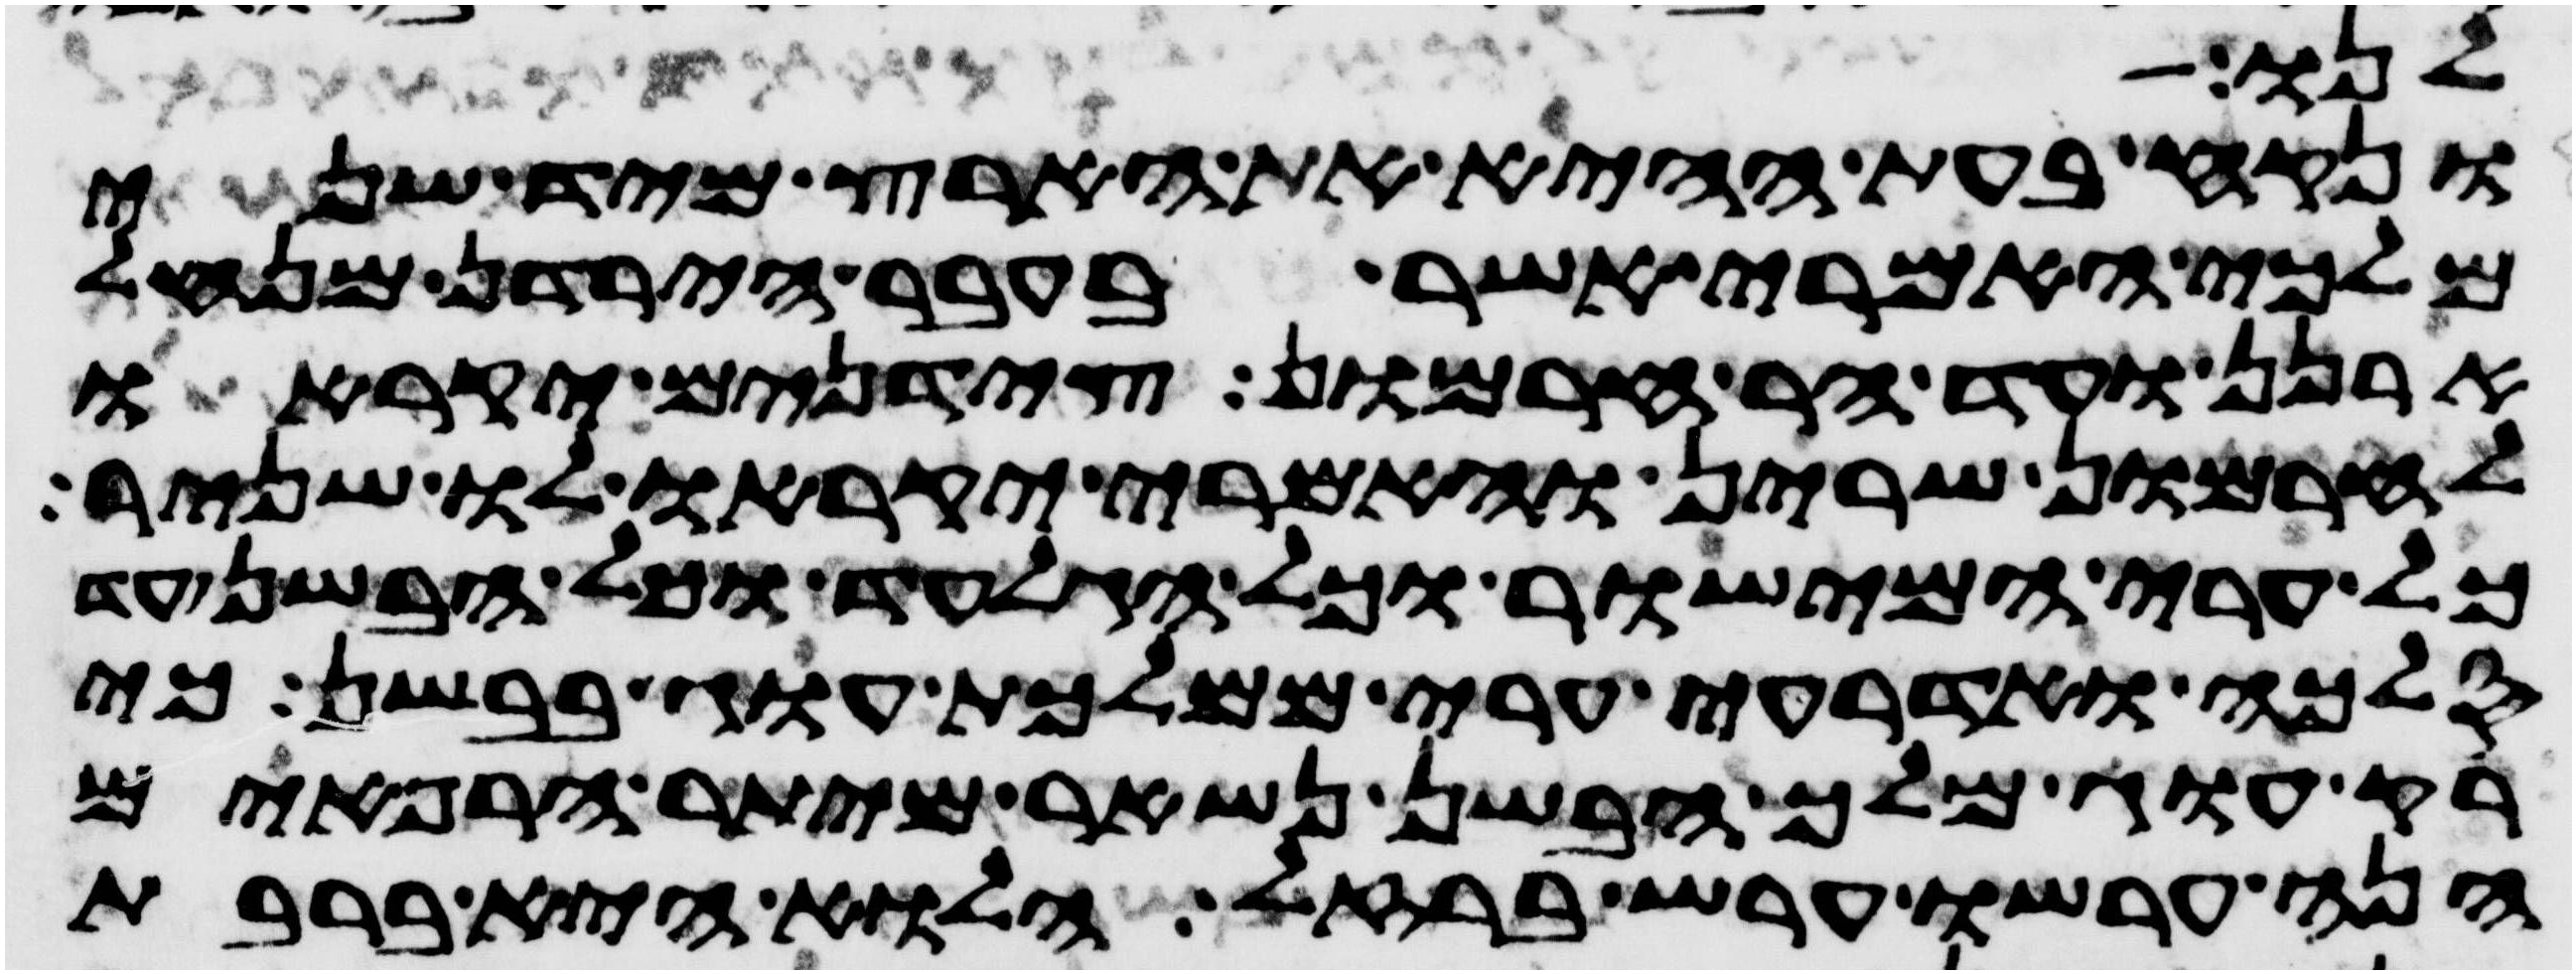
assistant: לנו
ונקח בעת ההיא את הארץ מיד שני
מלכי האמרי אשר בעבר הירדן מנחל
ארנן ועד הר חרמון צידנים יקראו
לחרמון שרין והאמרי יקראו לו שניר
כל ערי המישור וכל הגלעד וכל הבשן עד
סלכה ואדרעי ערי ממלכת עוג בבשן כי
רק עוג מלך הבשן נשאר מיתר הרפאים
הנה ערשו ערש ברזל הלוא היא ברבת